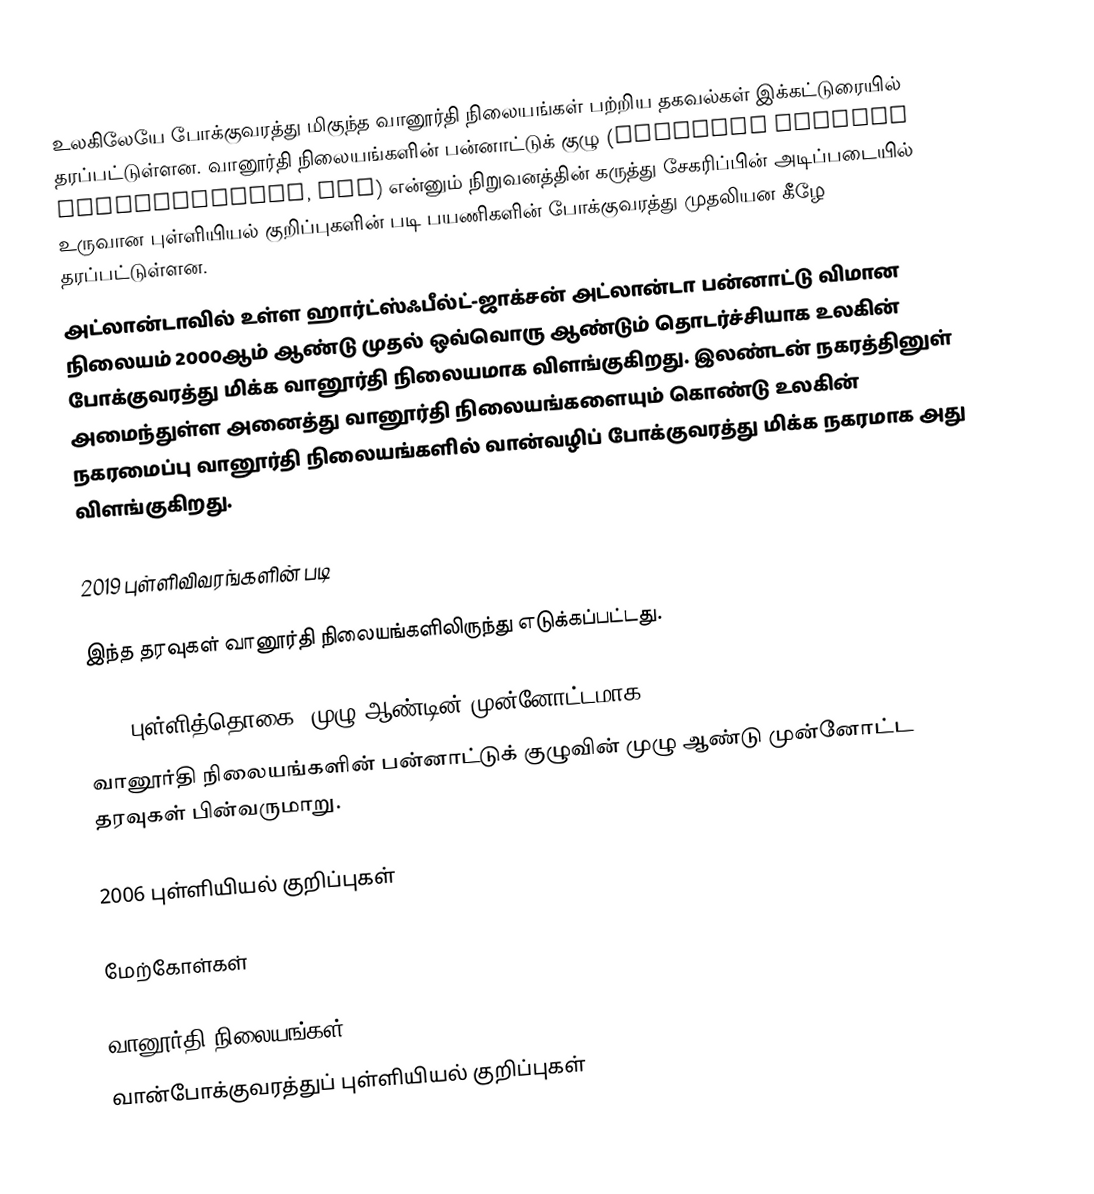
உலகிலேயே போக்குவரத்து மிகுந்த வானூர்தி நிலையங்கள் பற்றிய தகவல்கள் இக்கட்டுரையில் தரப்பட்டுள்ளன. வானூர்தி நிலையங்களின் பன்னாட்டுக் குழு (Airports Council International, ACI) என்னும் நிறுவனத்தின் கருத்து சேகரிப்பின் அடிப்படையில் உருவான புள்ளியியல் குறிப்புகளின் படி பயணிகளின் போக்குவரத்து முதலியன கீழே தரப்பட்டுள்ளன.
அட்லான்டாவில் உள்ள  ஹார்ட்ஸ்ஃபீல்ட்-ஜாக்சன் அட்லான்டா பன்னாட்டு விமான நிலையம் 2000ஆம் ஆண்டு முதல் ஒவ்வொரு ஆண்டும் தொடர்ச்சியாக உலகின் போக்குவரத்து மிக்க வானூர்தி நிலையமாக விளங்குகிறது. இலண்டன் நகரத்தினுள் அமைந்துள்ள அனைத்து வானூர்தி நிலையங்களையும் கொண்டு உலகின் நகரமைப்பு வானூர்தி நிலையங்களில் வான்வழிப் போக்குவரத்து மிக்க நகரமாக அது விளங்குகிறது.

2019 புள்ளிவிவரங்களின் படி

இந்த தரவுகள் வானூர்தி நிலையங்களிலிருந்து எடுக்கப்பட்டது.

2012 புள்ளித்தொகை (முழு ஆண்டின் முன்னோட்டமாக)
வானூர்தி நிலையங்களின் பன்னாட்டுக் குழுவின் முழு ஆண்டு முன்னோட்ட தரவுகள் பின்வருமாறு.

2006 புள்ளியியல் குறிப்புகள்

மேற்கோள்கள்

வானூர்தி நிலையங்கள்
வான்போக்குவரத்துப் புள்ளியியல் குறிப்புகள்